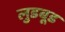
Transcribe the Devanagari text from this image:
लुडबूड